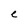
Character: c